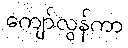
ကျော်လွန်ကာ